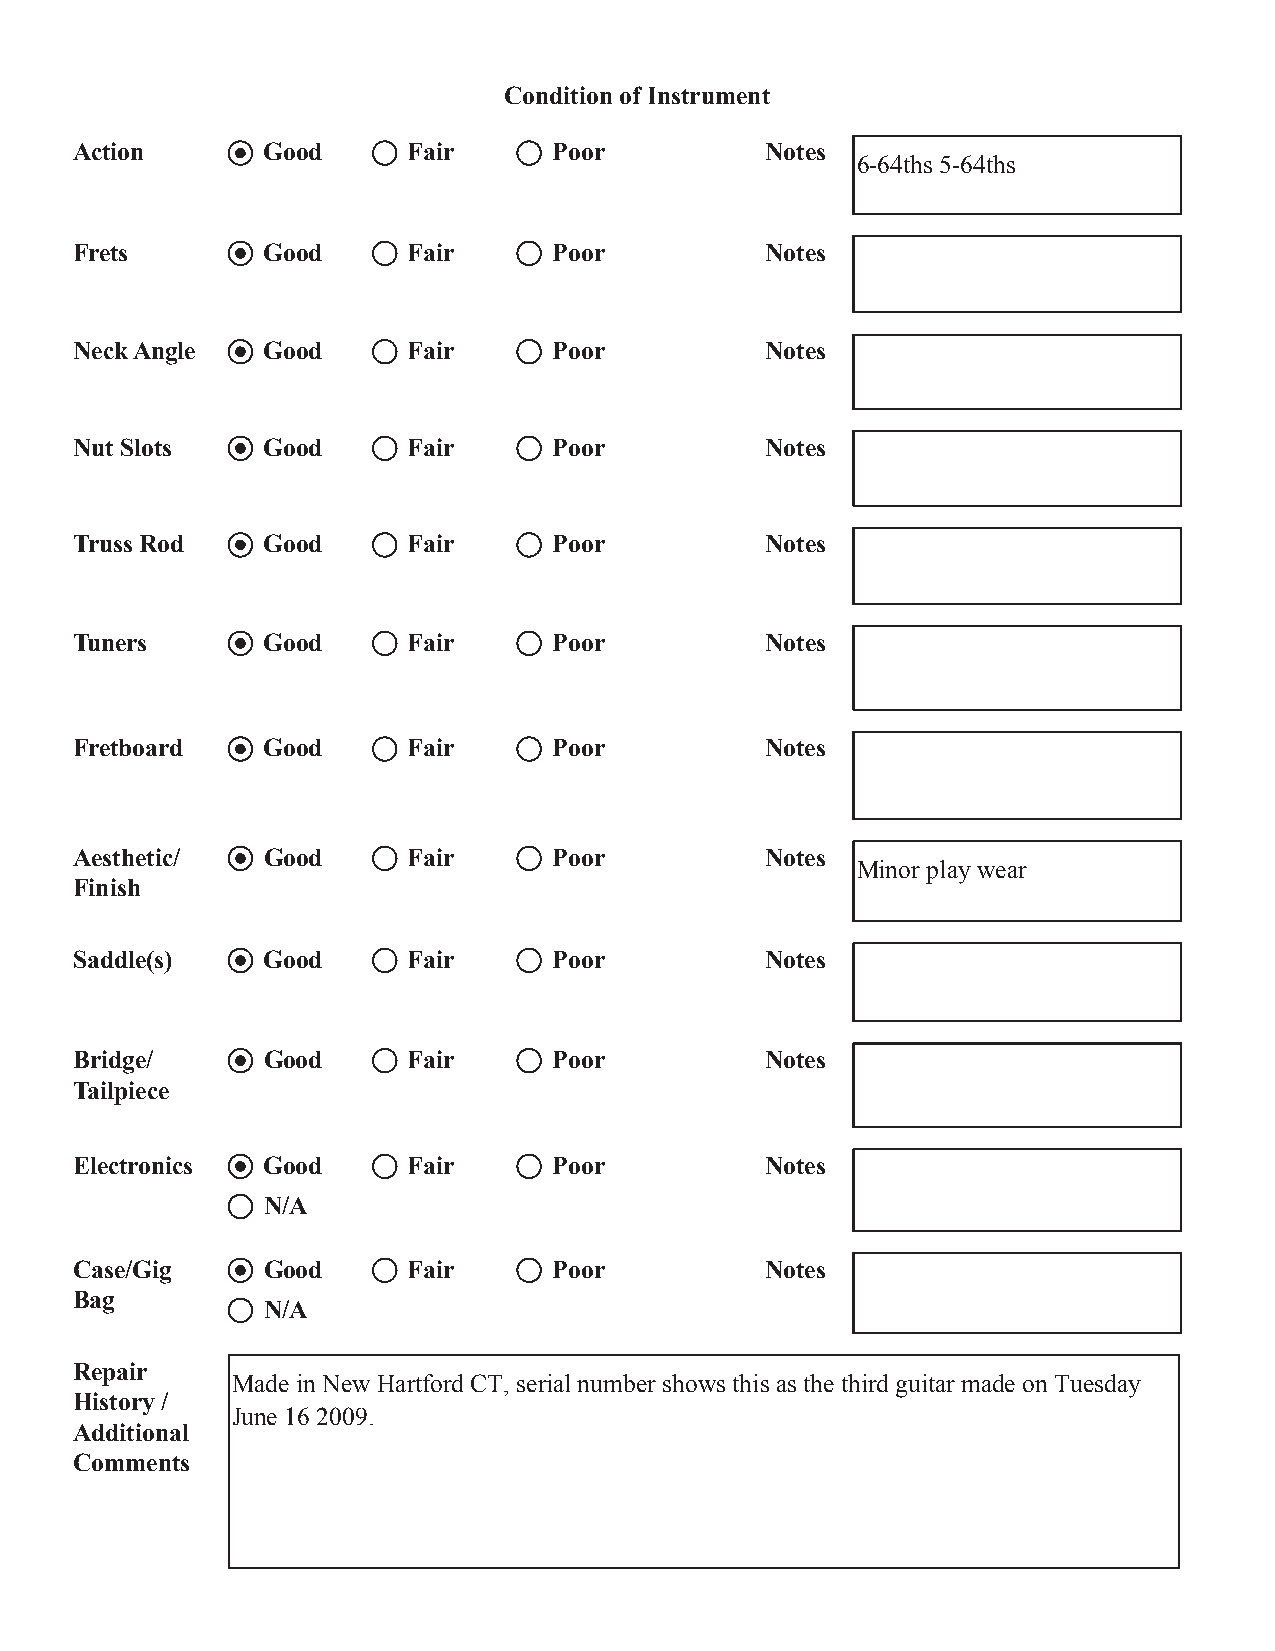
Condition of Instrument
 Action      Good      Fair      Poor          Notes
 6-64ths 5-64ths
 Frets       Good      Fair      Poor          Notes
 NeckAngle   Good      Fair      Poor          Notes
 Nut Slots   Good      Fair      Poor          Notes
 Truss Rod   Good      Fair      Poor          Notes
 Tuners      Good      Fair      Poor          Notes
 Fretboard   Good      Fair      Poor          Notes
 Aesthetic/  Good      Fair      Poor          Notes
 Minor play wear
 Finish
 Saddle(s)   Good      Fair      Poor          Notes
 Bridge/     Good      Fair      Poor          Notes
 Tailpiece
 Electronics Good      Fair      Poor          Notes
 N/A
 Case/Gig    Good      Fair      Poor          Notes
 Bag
 N/A
 Repair
 Made in New Hartford CT, serial number shows this as the third guitar made on Tuesday
 History /
 June 16 2009.
 Additional
 Comments